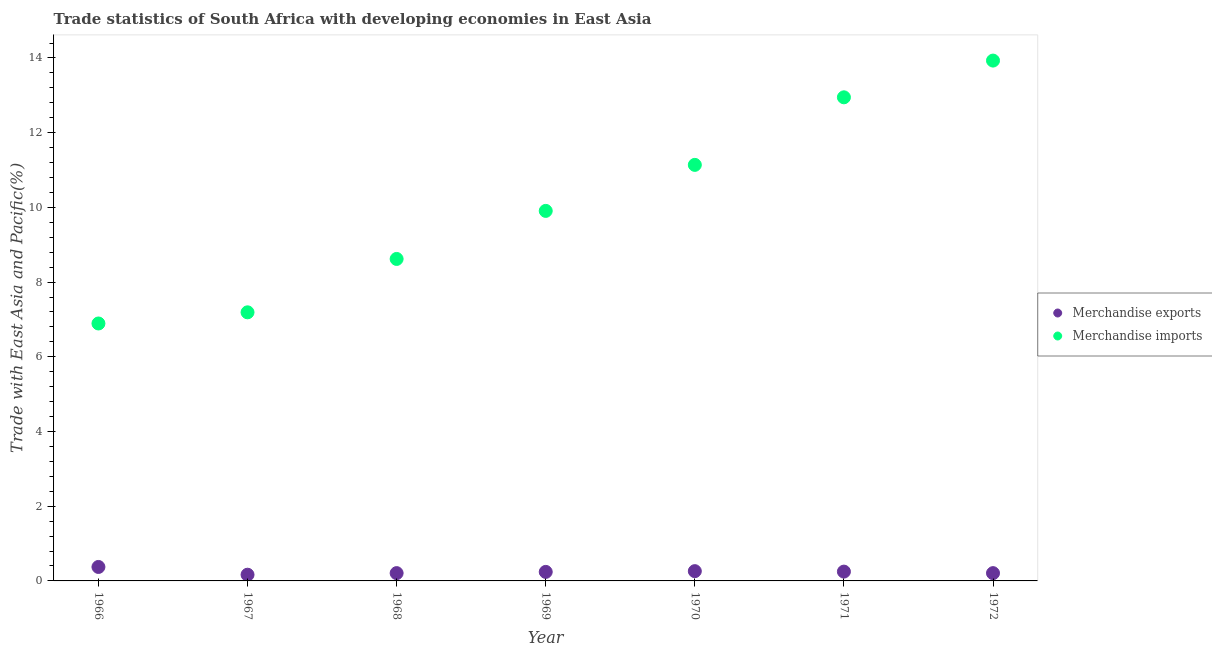
| Year | Merchandise exports | Merchandise imports |
 | --- | --- | --- |
 | 1966 | 0.374 | 6.89 |
 | 1967 | 0.166 | 7.19 |
 | 1968 | 0.209 | 8.62 |
 | 1969 | 0.242 | 9.91 |
 | 1970 | 0.261 | 11.1 |
 | 1971 | 0.249 | 12.9 |
 | 1972 | 0.208 | 13.9 |